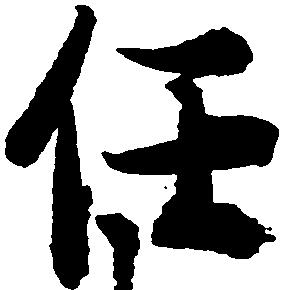
任